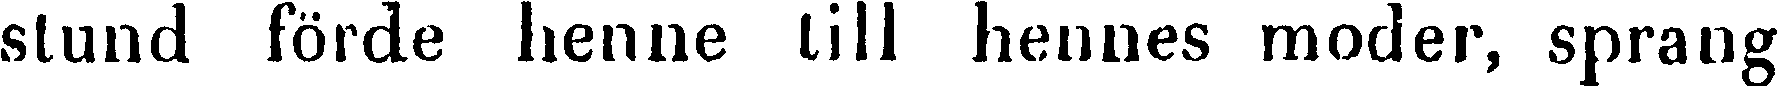
stund förde denne till hennes moder, sprang